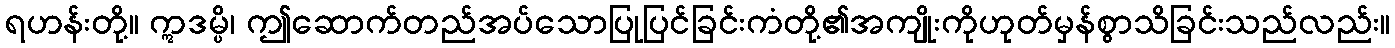
ရဟန်းတို့။ ဣဒမ္ပိ၊ ဤဆောက်တည်အပ်သောပြုပြင်ခြင်းကံတို့၏အကျိုးကိုဟုတ်မှန်စွာသိခြင်းသည်လည်း။